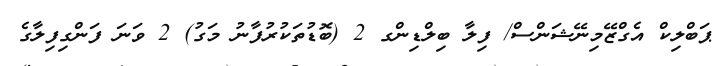
ޕަބްލިކް އެގްޒޭމިނޭޝަންސް/ ފިލާ ބިލްޑިންގ 2 (ބޮޑުތަކުރުފާނު މަގު) 2 ވަނަ ފަންގިފިލާގެ